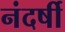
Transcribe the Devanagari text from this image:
नंदर्षी